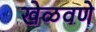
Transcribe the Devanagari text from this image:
खेळवणे